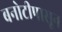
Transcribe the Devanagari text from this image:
बनोटीपासून